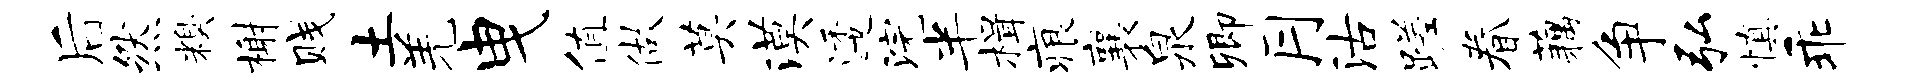
后然糗榭贱土羌曳值做莫漠逶浣半楫痕襄泉卿月沽蹉眷藕争弘慎乖